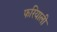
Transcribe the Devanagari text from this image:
फरियाली